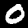
Label: 0